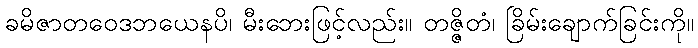
ခမိဇာတဝေဒဘယေနပိ၊ မီးဘေးဖြင့်လည်း။ တဇ္ဇိတံ၊ ခြိမ်းချောက်ခြင်းကို။